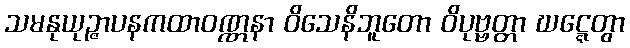
သမနုယုဉ္ဇာပနကထာဝဏ္ဏနာ ဝိသေနိဘူတော ဝိပုဗ္ဗတ္တာ ဃဋ္ဋေတွာ